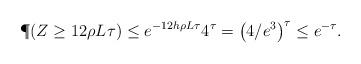
LaTeX: \begin{align*}\P(Z \ge 12 \rho L_{}\tau) &\le e^{-12 h\rho L_{}\tau} 4^{\tau} = \big(4/e^{3}\big)^{\tau}\leq e^{-\tau}.\end{align*}